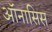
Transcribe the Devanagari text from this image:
ऑनासिस